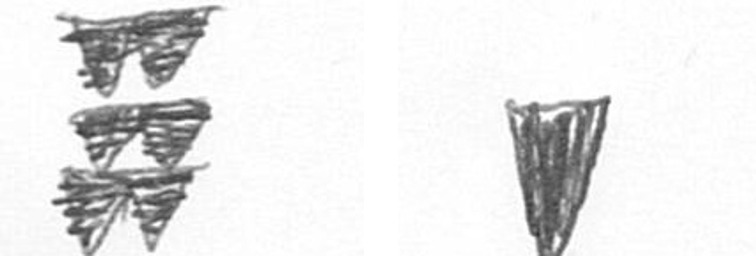
Y J